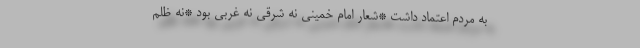
به مردم اعتماد داشت *شعار امام خمینی نه شرقی نه غربی بود *نه ظلم